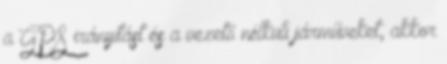
a GPS irányítást és a vezető nélküli járműveket, akkor